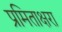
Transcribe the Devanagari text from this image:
प्रमिताक्षरा